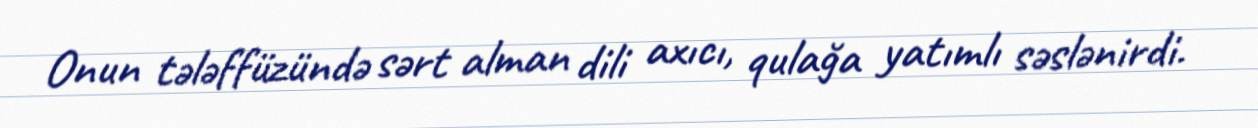
Onun tələffüzündə sərt alman dili axıcı, qulağa yatımlı səslənirdi.